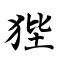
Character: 狴